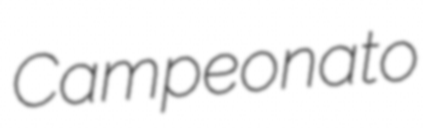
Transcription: Campeonato